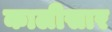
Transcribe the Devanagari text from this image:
कालीसार